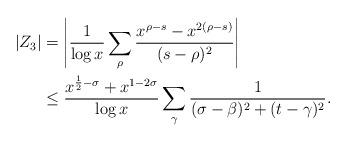
LaTeX: \begin{align*} |Z_3| &= \left| \frac{1}{\log x}\sum_{\rho}\frac{x^{\rho-s}-x^{2(\rho-s)}}{(s-\rho)^2} \right| \\ &\leq \frac{x^{\frac{1}{2}-\sigma}+x^{1-2\sigma}}{\log x} \sum_{\gamma}\frac{1}{(\sigma-\beta)^2+(t-\gamma)^2}. \end{align*}